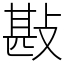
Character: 㪛